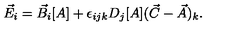
\vec { E } _ { i } = \vec { B } _ { i } [ A ] + \epsilon _ { i j k } D _ { j } [ A ] ( \vec { C } - \vec { A } ) _ { k } .